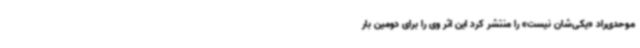
موحدی‌راد «یکی‌شان نیست» را منتشر کرد این اثر وی را برای دومین بار